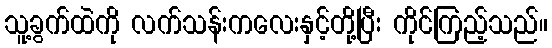
သူ့ခွက်ထဲကို လက်သန်းကလေးနှင့်တို့ပြီး ကိုင်ကြည့်သည်။